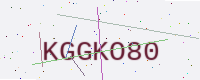
Text: KGGKO80